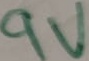
Text: 9V